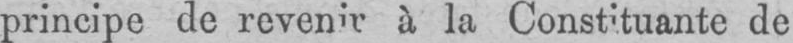
principe de revenirà la Constituante de